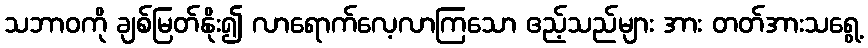
သဘာဝကို ချစ်မြတ်နိုး၍ လာရောက်လေ့လာကြသော ဧည့်သည်များ အား တတ်အားသရွေ့